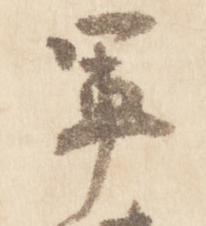
軍